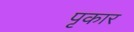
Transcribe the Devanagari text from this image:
पृकार